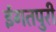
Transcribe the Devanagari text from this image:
ईगतपुरी